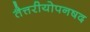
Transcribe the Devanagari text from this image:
तैत्तरीयोपनषद